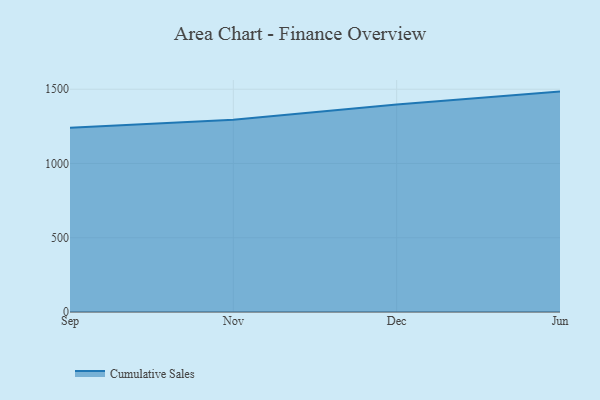
{"axis": {"x": "Month", "y": "Net Income (USD K)"}, "legend": ["Cumulative Sales"], "data": [{"x": "Sep", "y": 1239.9, "type": "Cumulative Sales"}, {"x": "Nov", "y": 1294.5, "type": "Cumulative Sales"}, {"x": "Dec", "y": 1397.7, "type": "Cumulative Sales"}, {"x": "Jun", "y": 1484.0, "type": "Cumulative Sales"}]}